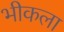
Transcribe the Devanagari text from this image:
भीकला